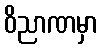
ဝိညာဏမှာ